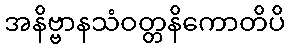
အနိဗ္ဗာနသံဝတ္တနိကောတိပိ